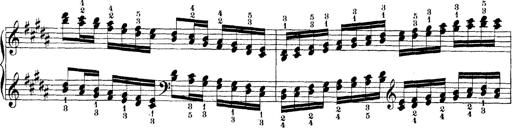
Title: Technische Studien
Composer: Franz Liszt